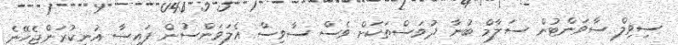
ސިވިލް ސާވަންޓުން ސަލާމް ބުނާ ދުވަސްތަކަށް ވެސް ސާވިސް އެލަވަންސުން ފައިސާ އުނިކުރަންޖެހޭނެ